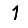
Digit: 1